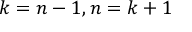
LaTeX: k = n - 1 , n = k + 1